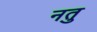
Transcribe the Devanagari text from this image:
नतु